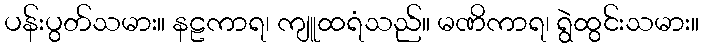
ပန်းပွတ်သမား။ နဠကာရ၊ ကျူထရံသည်။ မဏိကာရ၊ ရွဲထွင်းသမား။